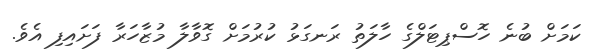
ކަމަށް ބުނެ ހޮސްޕިޓަލްގެ ހާލަތު ރަނގަޅު ކުރުމަށް ގޮވާލާ މުޒާހަރާ ފަށައިފި އެވެ.